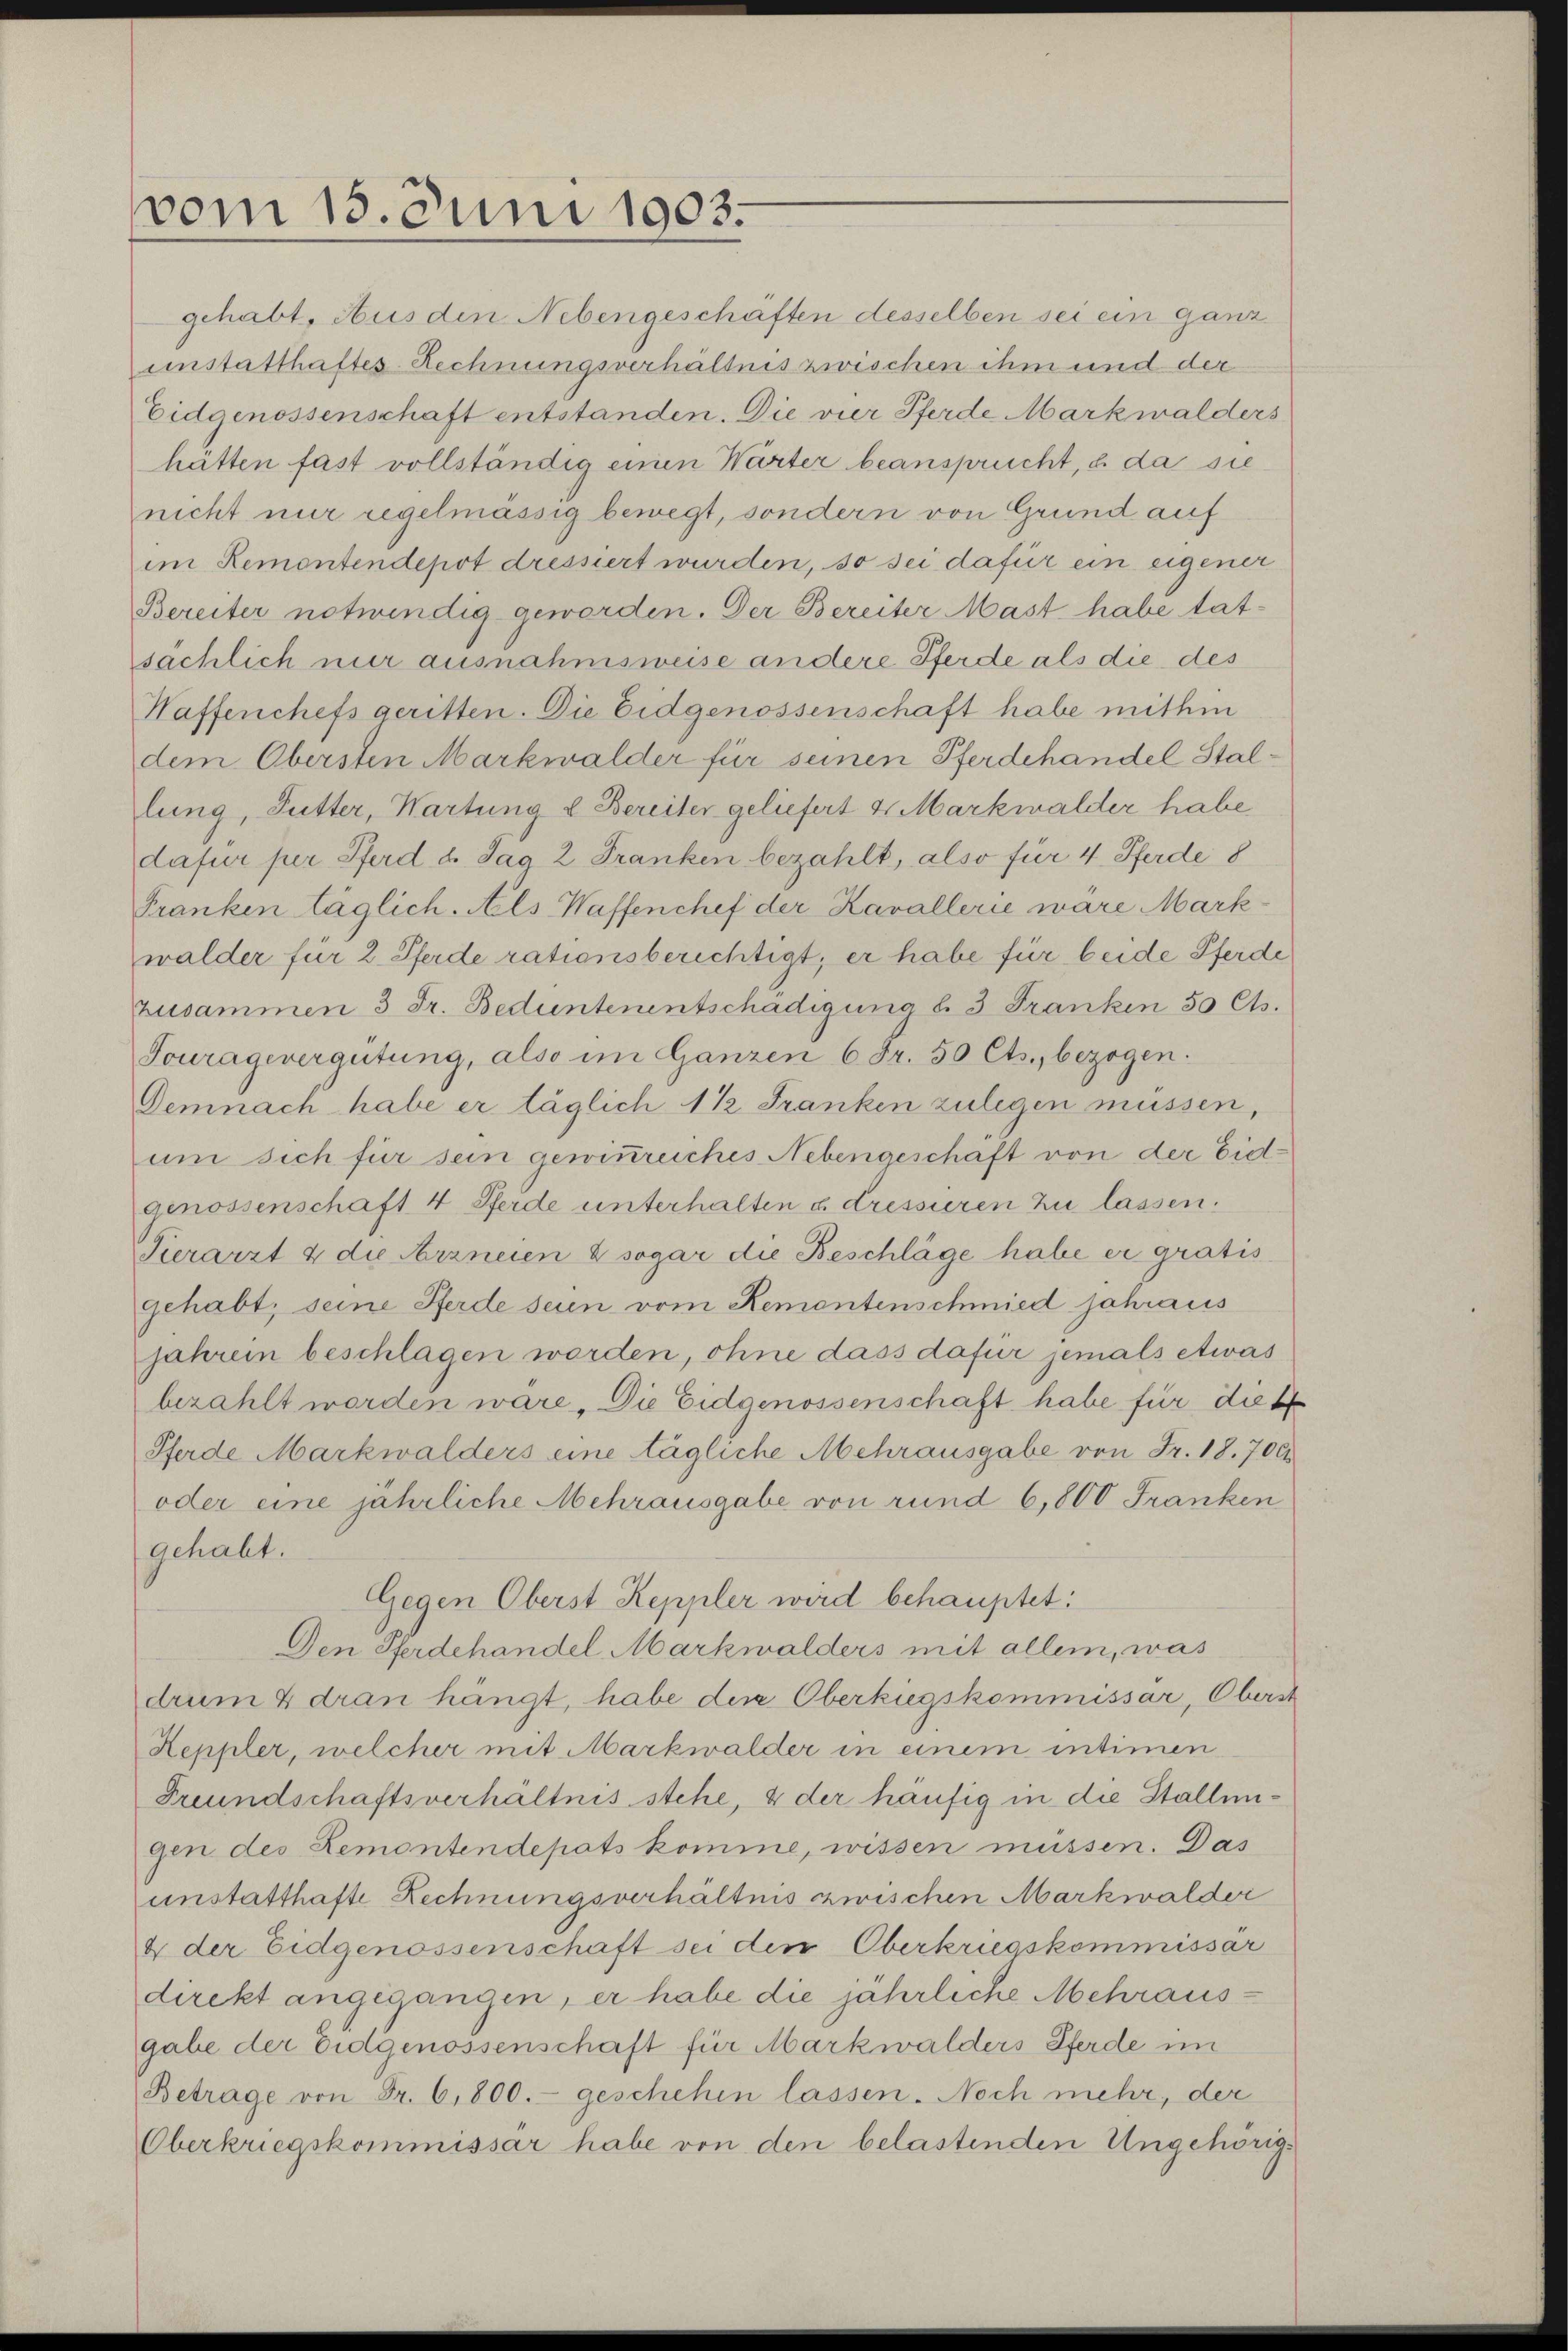
vom 15. Juni 1903.

gehabt, Aus den Nebengeschäften desselben sei ein ganz
unstatthaftes Rechnungsverhältnis zwischen ihm und der
Eidgenossenschaft entstanden. Die vier Pferde Markwalders
hätten fast vollständig einen Warter beansprucht, u. da sie
nicht nur regelmässig bewegt, sondern von Grund auf
im Remontendepot dressiert wurden, so sei dafür ein eigener
Bereiter notwendig geworden. Der Bereiter Mast habe tat-
sächlich nur ausnahmsweise andere Pferde als die des
Waffenchefs geritten. Die Eidgenossenschaft habe mithin
dem Obersten Markwalder für seinen Pferdehandel Stallung, Futter, Wartung & Bereiter geliefert 4. Markwalder habe
dafür per Pferd d. Sag 2 Franken bezahlt, also für 4 Pferde 8
Franken täglich. Als Waffenchef der Kavallerie wäre Markwalder für 2 Pferde rationsberichtigt, er habe für beide Pferde
zusammen 3 Fr. Bedentenentschädigung l. 3 Franken 50 Cts.
Touragevergütung, also im Ganzen 6 Fr. 50 Cts., bezogen.
Demnach habe er täglich 1 1/2 Franken zulegen müssen,
um sich für sein gewinnreiches Nebengeschäft von der Eidgenossenschaft 4 Pferde unterhalten a dressieren zu lassen.
Sierarzt & die Arzneien & sogar die Beschläge habe er gratis
gehabt, seine Pferde seien vom Rementenschmied jahraus
jahren beschlagen worden, ohne dass dafür jemals etwas
bezahlt worden wäre. Die Eidgenossenschaft habe für dies
Pferde Markwalders eine tägliche Mehrausgabe von Fr. 18. 700
oder eine jährliche Mehrausgabe von rund 6,800 Franken
gehabt.
Gegen Oberst Keppler wird behauptet:
Den Pferdehandel Markwalders mit allem, was
drum 4 dran hängt, habe der Oberkiegskommissar, Oberst
Heppler, welcher mit Markwalder in einem intimen
Freundschaftsverhältnis stehe, & der häufig in die Stallungen des Remontendepots komme, wissen müssen. Das
unstatthafte Rechnungsverhältnis zwischen Markwalder
4 der Eidgenossenschaft sei den Oberkriegskommissar
direkt angegangen, er habe die jährliche Mehraus-
gabe der Eidgenossenschaft für Markwalders Pferde im
Betrage von Fr. 6,800.- geschehen lassen. Noch mehr, der
Oberkriegskommissar habe von den belastenden Ungehörig¬